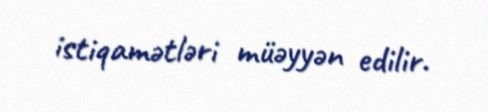
istiqamətləri müəyyən edilir.